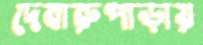
দেবারুপাড়ায়